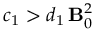
c _ { 1 } > d _ { 1 } \, { \bf B } _ { 0 } ^ { 2 }